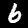
Digit: 6